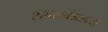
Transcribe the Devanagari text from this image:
शब्दभांडाराची